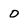
Character: 0